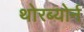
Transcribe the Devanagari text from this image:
थोरब्योर्न